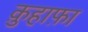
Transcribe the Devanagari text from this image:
क़ुहाफ़ा